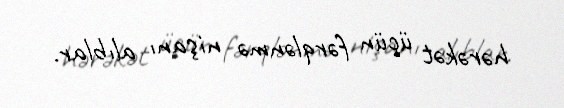
hərəkət üçün fərqlənmə nişanı alıblar.